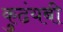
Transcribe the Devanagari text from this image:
कुढंयबी